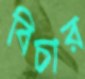
বিচার